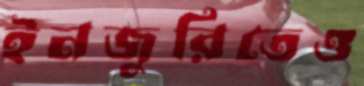
ইনজুরিতেও